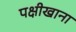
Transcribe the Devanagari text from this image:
पक्षीखाना